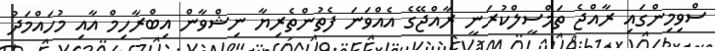
ސްވިމިންގައި ރާއްޖެ ތަމްސީލްކުރަނީ ރާއްޖޭގެ އެއްވަނަ ފެތުންތެރިޔާ ނިޝްވާން އިބްރާހިމް އާއި މުހައްމަދު